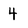
Character: 4